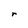
Character: r